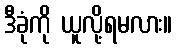
ဒီခုံကို ယူလို့ရမလား။